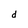
Character: d